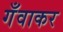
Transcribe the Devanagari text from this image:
गँवाकर